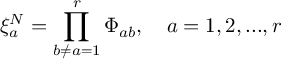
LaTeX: \xi _ { a } ^ { N } = \prod _ { b \neq a = 1 } ^ { r } \Phi _ { a b } , \quad a = 1 , 2 , . . . , r